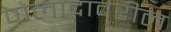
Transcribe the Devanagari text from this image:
पोलादावरील